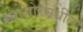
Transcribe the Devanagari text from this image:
मंगलोरमधील